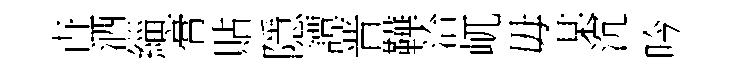
卋洒緇膏貼隱譚晋鞾洽屼毋某沉吟